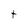
Character: t